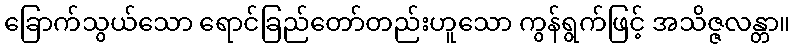
ခြောက်သွယ်သော ရောင်ခြည်တော်တည်းဟူသော ကွန်ရွက်ဖြင့် အသိဇ္ဇလန္တာ။